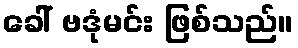
ခေါ် ဗဒုံမင်း ဖြစ်သည်။